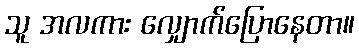
သူ အလကား လျှောက်ပြောနေတာ။